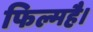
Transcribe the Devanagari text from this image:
फिल्महै।